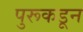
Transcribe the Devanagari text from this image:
पुरूकडून